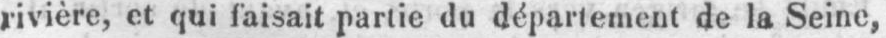
rivière, et qui faisait partie du départ émeut de la Seine,